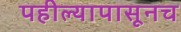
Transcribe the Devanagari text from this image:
पहील्यापासूनच